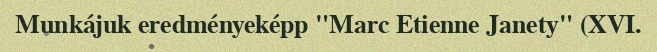
Munkájuk eredményeképp "Marc Etienne Janety" (XVI.